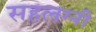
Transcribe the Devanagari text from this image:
सहलग्नी